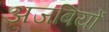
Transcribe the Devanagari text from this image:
अजबियों